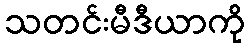
သတင်းမီဒီယာကို